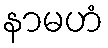
နာမဟံ